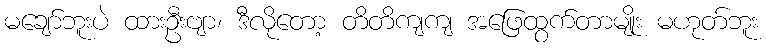
မချော်ဘူးပဲ ထားဦးဗျာ၊ ဒီလိုတော့ တိတိကျကျ အဖြေထွက်တာမျိုး မဟုတ်ဘူး